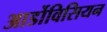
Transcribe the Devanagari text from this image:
आर्डोविसियन